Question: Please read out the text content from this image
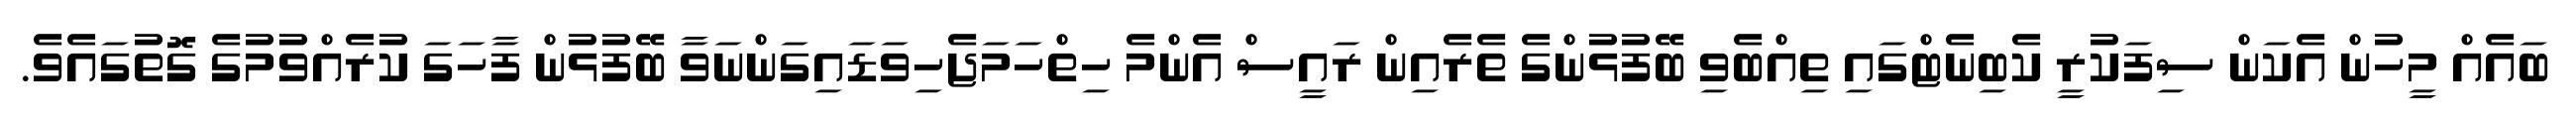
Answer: ބައެއް މީހުން އެކަން ސިފަކުރީ ކެބިނެޓްގައި ތިއްބެވި ބޭފުޅުންގެ ތެރެއިން ރައީސް އެންމެ ހިތްހަމަޖެހިވަޑައިގަންނަވާ ބޭފުޅުން ފާހަގަ ކުރެއްވުމުގެ ގޮތުގައެވެ.